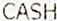
CASH